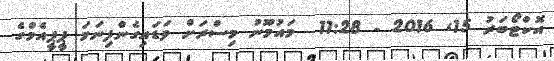
އޮކްޓޯބަރު 15